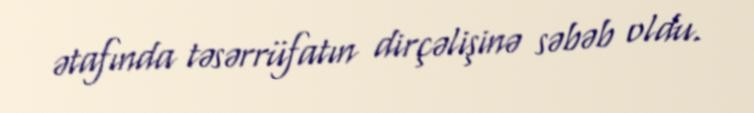
ətafında təsərrüfatın dirçəlişinə səbəb oldu.